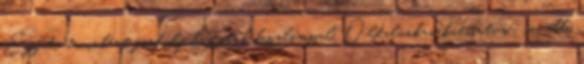
Egyedi árainkért fordulj hozzánk bizalommal. Oldalunkra kattintva . további